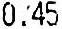
0.45